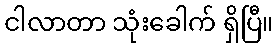
ငါလာတာ သုံးခေါက် ရှိပြီ။